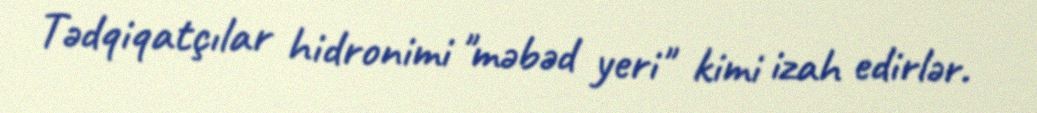
Tədqiqatçılar hidronimi "məbəd yeri" kimi izah edirlər.